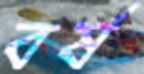
বর্ষ